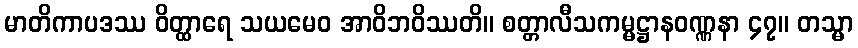
မာတိကာပဒဿ ဝိတ္ထာရေ သယမေဝ အာဝိဘဝိဿတိ။ စတ္တာလီသကမ္မဋ္ဌာနဝဏ္ဏနာ ၄၇။ တသ္မာ